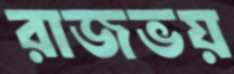
রাজভয়